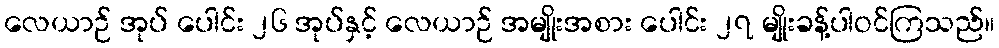
လေယာဉ် အုပ် ပေါင်း ၂၆ အုပ်နှင့် လေယာဉ် အမျိုးအစား ပေါင်း ၂၇ မျိုးခန့်ပါဝင်ကြသည်။